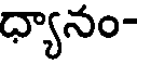
ధ్యానం-